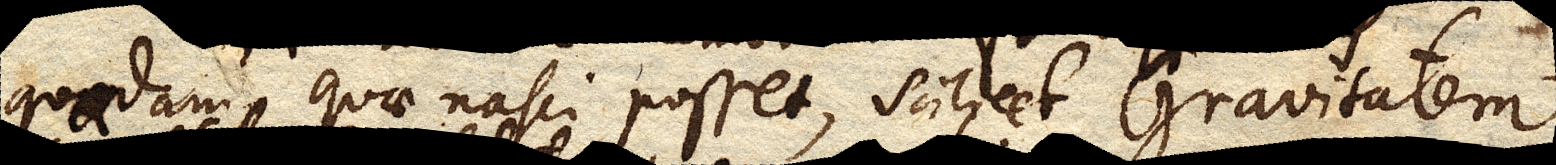
quadam quae nasci posset, scilicet Gravitatem